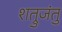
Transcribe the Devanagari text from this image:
शत्रुजंतु